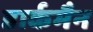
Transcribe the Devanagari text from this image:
डार्कमैन